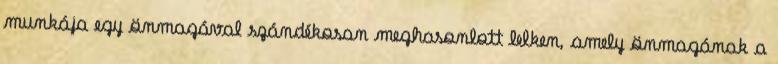
munkája egy önmagával szándékosan meghasonlott lelken, amely önmagának a